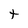
Character: t